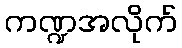
ကဏ္ဍအလိုက်